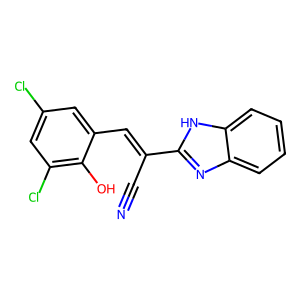
SMILES: N#CC(=Cc1cc(Cl)cc(Cl)c1O)c1nc2ccccc2[nH]1
Inhibits HIV replication: No